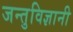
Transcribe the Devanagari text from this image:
जन्तुविज्ञानी